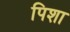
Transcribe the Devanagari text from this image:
पिशा